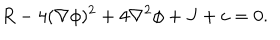
R - 4 ( \nabla \phi ) ^ { 2 } + 4 \nabla ^ { 2 } \phi + J + c = 0 .